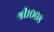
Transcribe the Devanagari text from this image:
श्री१००८